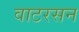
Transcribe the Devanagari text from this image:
वाटरसन